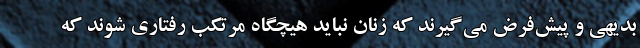
بديهي و پيش‌فرض مي‌گيرند كه زنان نبايد هيچگاه مرتكب رفتاري شوند كه